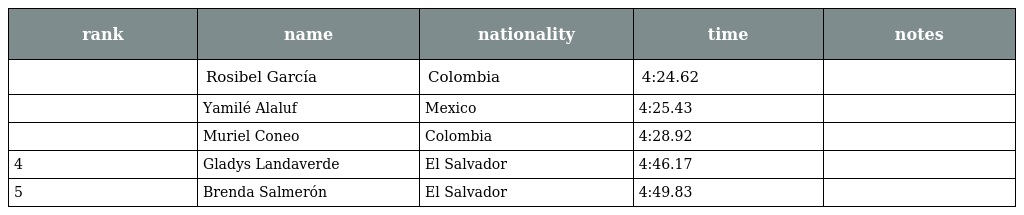
| rank | name | nationality | time | notes |
 | --- | --- | --- | --- | --- |
 |  | Rosibel García | Colombia | 4:24.62 |  |
 |  | Yamilé Alaluf | Mexico | 4:25.43 |  |
 |  | Muriel Coneo | Colombia | 4:28.92 |  |
 | 4 | Gladys Landaverde | El Salvador | 4:46.17 |  |
 | 5 | Brenda Salmerón | El Salvador | 4:49.83 |  |